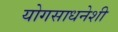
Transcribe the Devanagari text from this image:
योगसाधनेशी